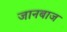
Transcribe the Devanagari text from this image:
जानबाज